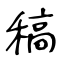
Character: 稿